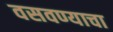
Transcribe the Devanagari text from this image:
वसवण्याचा